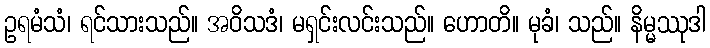
ဥရမံသံ၊ ရင်သားသည်။ အဝိသဒံ၊ မရှင်းလင်းသည်။ ဟောတိ။ မုခံ၊ သည်။ နိမ္မဿုဒါ